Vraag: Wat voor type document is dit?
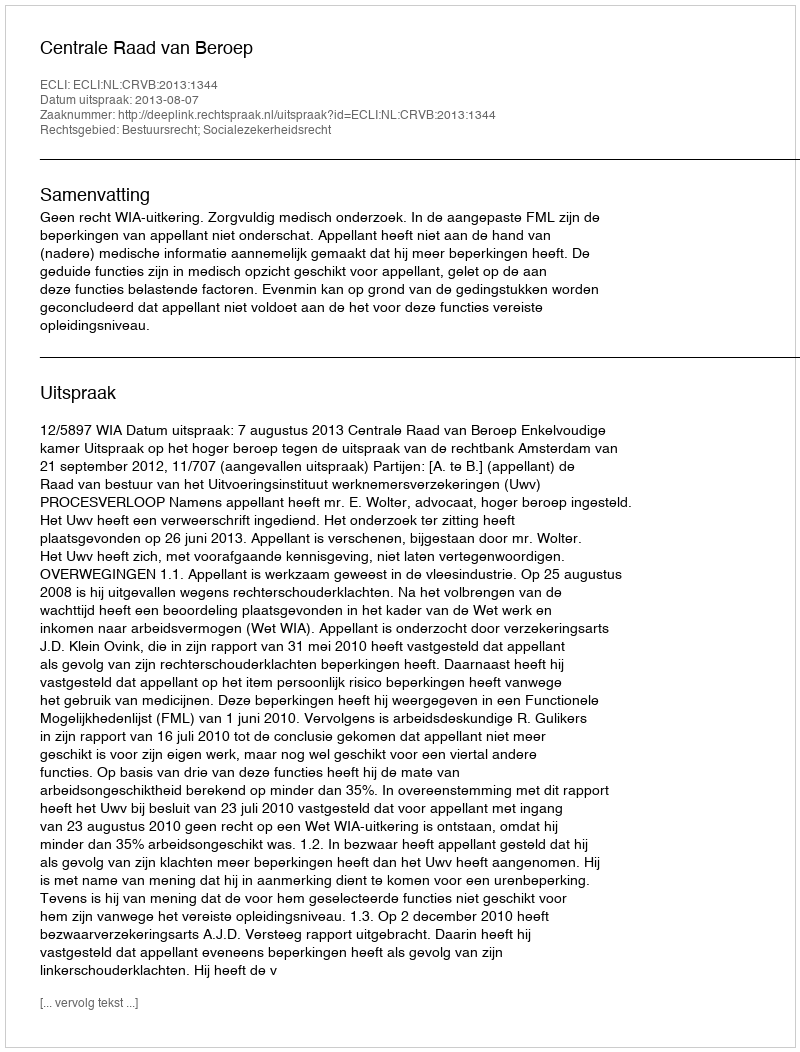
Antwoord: Uitspraak